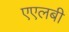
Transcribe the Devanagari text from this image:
एएलबी